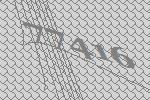
77416